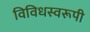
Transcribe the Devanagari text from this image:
विविधस्वरूपी